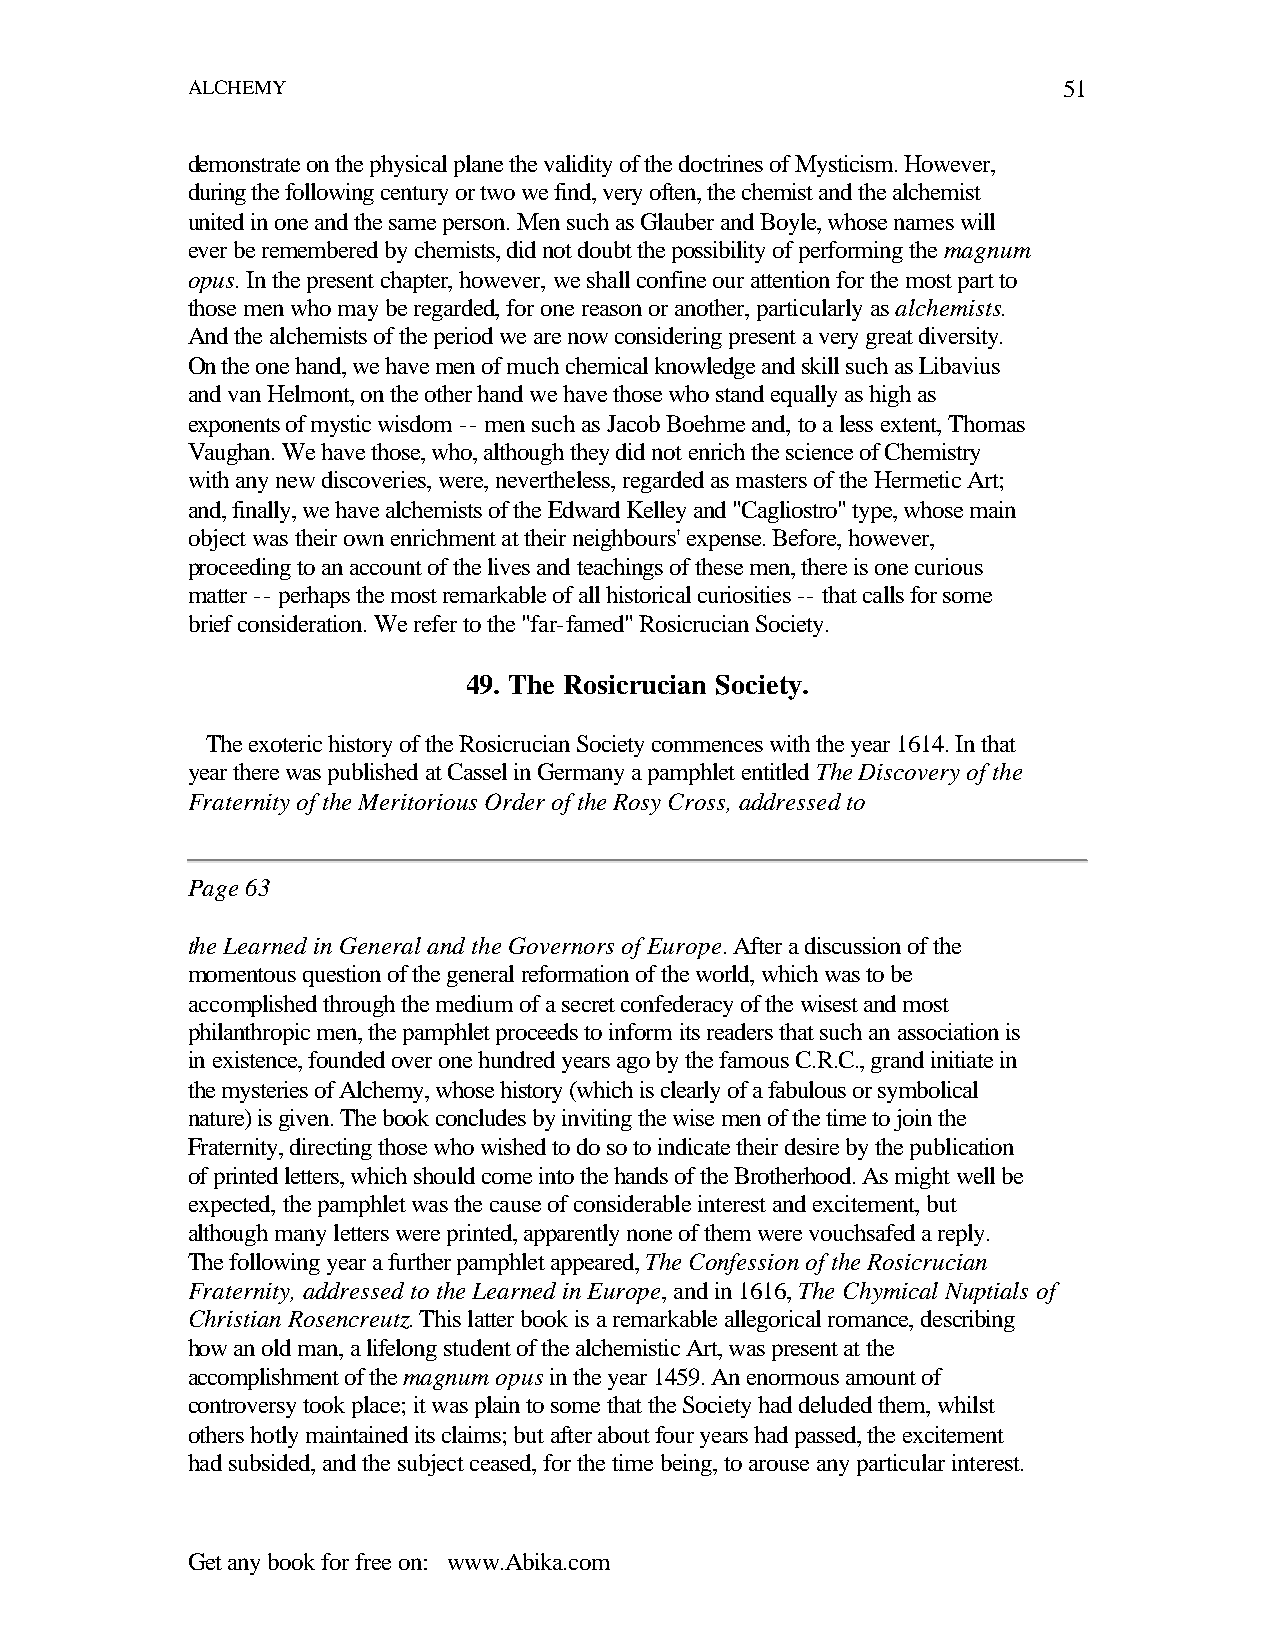
ALCHEMY                                                   51
 demonstrate on the physical plane the validity of the doctrines of Mysticism. However,
 during the following century or two we find, very often, the chemist and the alchemist
 united in one and the same person. Men such as Glauber and Boyle, whose names will
 ever be remembered by chemists, did not doubt the possibility of performing the magnum
 opus. In the present chapter, however, we shall confine our attention for the most part to
 those men who may be regarded, for one reason or another, particularly as alchemists.
 And the alchemists of the period we are now considering present a very great diversity.
 On the one hand, we have men of much chemical knowledge and skill such as Libavius
 and van Helmont, on the other hand we have those who stand equally as high as
 exponents of mystic wisdom -- men such as Jacob Boehme and, to a less extent, Thomas
 Vaughan. We have those, who, although they did not enrich the science of Chemistry
 with any new discoveries, were, nevertheless, regarded as masters of the Hermetic Art;
 and, finally, we have alchemists of the Edward Kelley and "Cagliostro" type, whose main
 object was their own enrichment at their neighbours' expense. Before, however,
 proceeding to an account of the lives and teachings of these men, there is one curious
 matter -- perhaps the most remarkable of all historical curiosities -- that calls for some
 brief consideration. We refer to the "far-famed" Rosicrucian Society.
 49. The Rosicrucian Society.
 The exoteric history of the Rosicrucian Society commences with the year 1614. In that
 year there was published at Cassel in Germany a pamphlet entitled The Discovery of the
 Fraternity of the Meritorious Order of the Rosy Cross, addressed to
 Page 63
 the Learned in General and the Governors of Europe. After a discussion of the
 momentous question of the general reformation of the world, which was to be
 accomplished through the medium of a secret confederacy of the wisest and most
 philanthropic men, the pamphlet proceeds to inform its readers that such an association is
 in existence, founded over one hundred years ago by the famous C.R.C., grand initiate in
 the mysteries of Alchemy, whose history (which is clearly of a fabulous or symbolical
 nature) is given. The book concludes by inviting the wise men of the time to join the
 Fraternity, directing those who wished to do so to indicate their desire by the publication
 of printed letters, which should come into the hands of the Brotherhood. As might well be
 expected, the pamphlet was the cause of considerable interest and excitement, but
 although many letters were printed, apparently none of them were vouchsafed a reply.
 The following year a further pamphlet appeared, The Confession of the Rosicrucian
 Fraternity, addressed to the Learned in Europe, and in 1616, The Chymical Nuptials of
 Christian Rosencreutz. This latter book is a remarkable allegorical romance, describing
 how an old man, a lifelong student of the alchemistic Art, was present at the
 accomplishment of the magnum opus in the year 1459. An enormous amount of
 controversy took place; it was plain to some that the Society had deluded them, whilst
 others hotly maintained its claims; but after about four years had passed, the excitement
 had subsided, and the subject ceased, for the time being, to arouse any particular interest.
 Get any book for free on: www.Abika.com